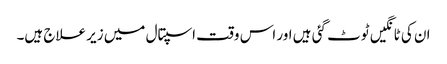
ان کی ٹانگیں ٹوٹ گئی ہیں اور اس وقت اسپتال میں زیر علاج ہیں۔